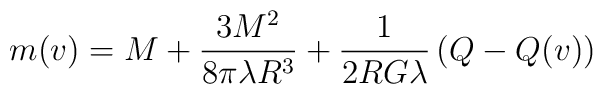
m(v) = M + \frac{3M^2}{8\pi \lambda R^3} + \frac{1}{2RG\lambda}\left(Q - Q(v)\right)